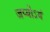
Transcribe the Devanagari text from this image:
जप्योऽयं